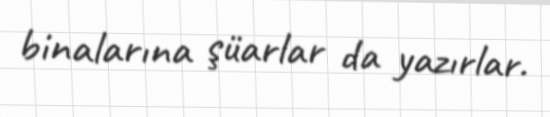
binalarına şüarlar da yazırlar.